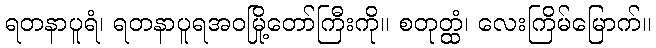
ရတနာပူရံ၊ ရတနာပူရအဝမြို့တော်ကြီးကို။ စတုတ္ထံ၊ လေးကြိမ်မြောက်။